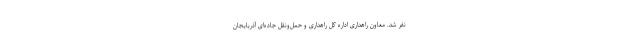
نفر شد. معاون راهداری اداره کل راهداری و حمل‌ونقل جاده‌ای آذربایجان